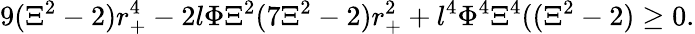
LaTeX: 9(\Xi^{2}-2)r_{+}^{4}-2l\Phi\Xi^{2}(7\Xi^{2}-2)r_{+}^{2}+l^{4}\Phi^{4}\Xi^{4}((\Xi^{2}-2)\geq 0.